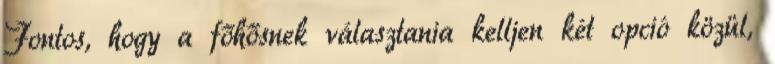
Fontos, hogy a főhősnek választania kelljen két opció közül,